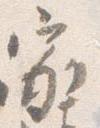
家